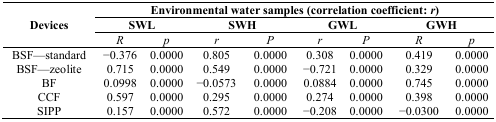
<table><thead><tr><td rowspan="3"><b>Devices</b></td><td colspan="8"><b>Environmental water samples (correlation coefficient: <i>r</i>)</b></td></tr><tr><td colspan="2"><b>SWL</b></td><td colspan="2"><b>SWH</b></td><td colspan="2"><b>GWL</b></td><td colspan="2"><b>GWH</b></td></tr><tr><td><b><i>R</i></b></td><td><b><i>p</i></b></td><td><b><i>r</i></b></td><td><b><i>P</i></b></td><td><b><i>r</i></b></td><td><b><i>P</i></b></td><td><b><i>R</i></b></td><td><b><i>p</i></b></td></tr></thead><tbody><tr><td>BSF—standard</td><td>−0.376</td><td>0.0000</td><td>0.805</td><td>0.0000</td><td>0.308</td><td>0.0000</td><td>0.419</td><td>0.0000</td></tr><tr><td>BSF—zeolite</td><td>0.715</td><td>0.0000</td><td>0.549</td><td>0.0000</td><td>−0.721</td><td>0.0000</td><td>0.329</td><td>0.0000</td></tr><tr><td>BF</td><td>0.0998</td><td>0.0000</td><td>−0.0573</td><td>0.0000</td><td>0.0884</td><td>0.0000</td><td>0.745</td><td>0.0000</td></tr><tr><td>CCF</td><td>0.597</td><td>0.0000</td><td>0.295</td><td>0.0000</td><td>0.274</td><td>0.0000</td><td>0.398</td><td>0.0000</td></tr><tr><td>SIPP</td><td>0.157</td><td>0.0000</td><td>0.572</td><td>0.0000</td><td>−0.208</td><td>0.0000</td><td>−0.0300</td><td>0.0000</td></tr></tbody></table>